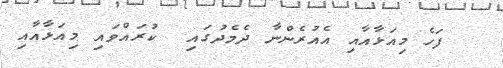
ފަހެ މިއަޅާއާއި އެއުރެންނާ ދެމެދުގައި  ކުރައްވައި މިއަޅާއާއި